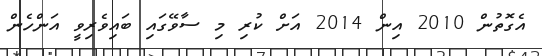
އެގޮތުން 2010 އިން 2014 އަށް ކުރި މި ސާވޭގައި ބައިވެރިވީ އަންހެން